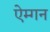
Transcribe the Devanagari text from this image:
ऐम्गन